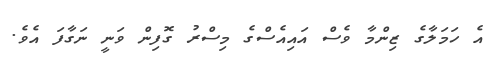
އެ ހަމަލާގެ ޒިންމާ ވެސް އައިއެސްގެ މިސްރު ގޮފިން ވަނީ ނަގާފަ އެވެ.